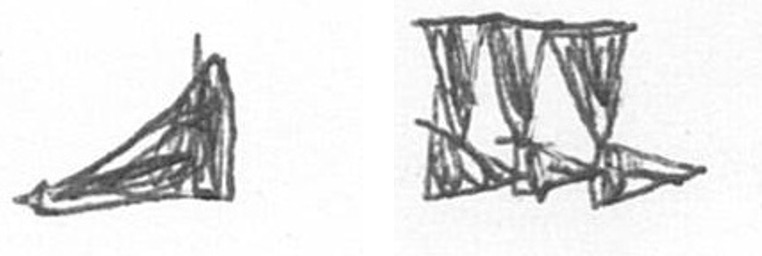
O D